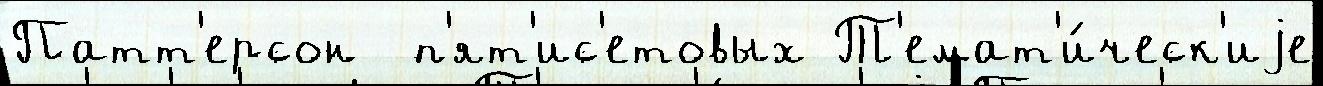
Патт'ерсон  п'ят'ис'етовых Т'емат'и́ческ'иjе